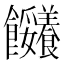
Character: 𩟼